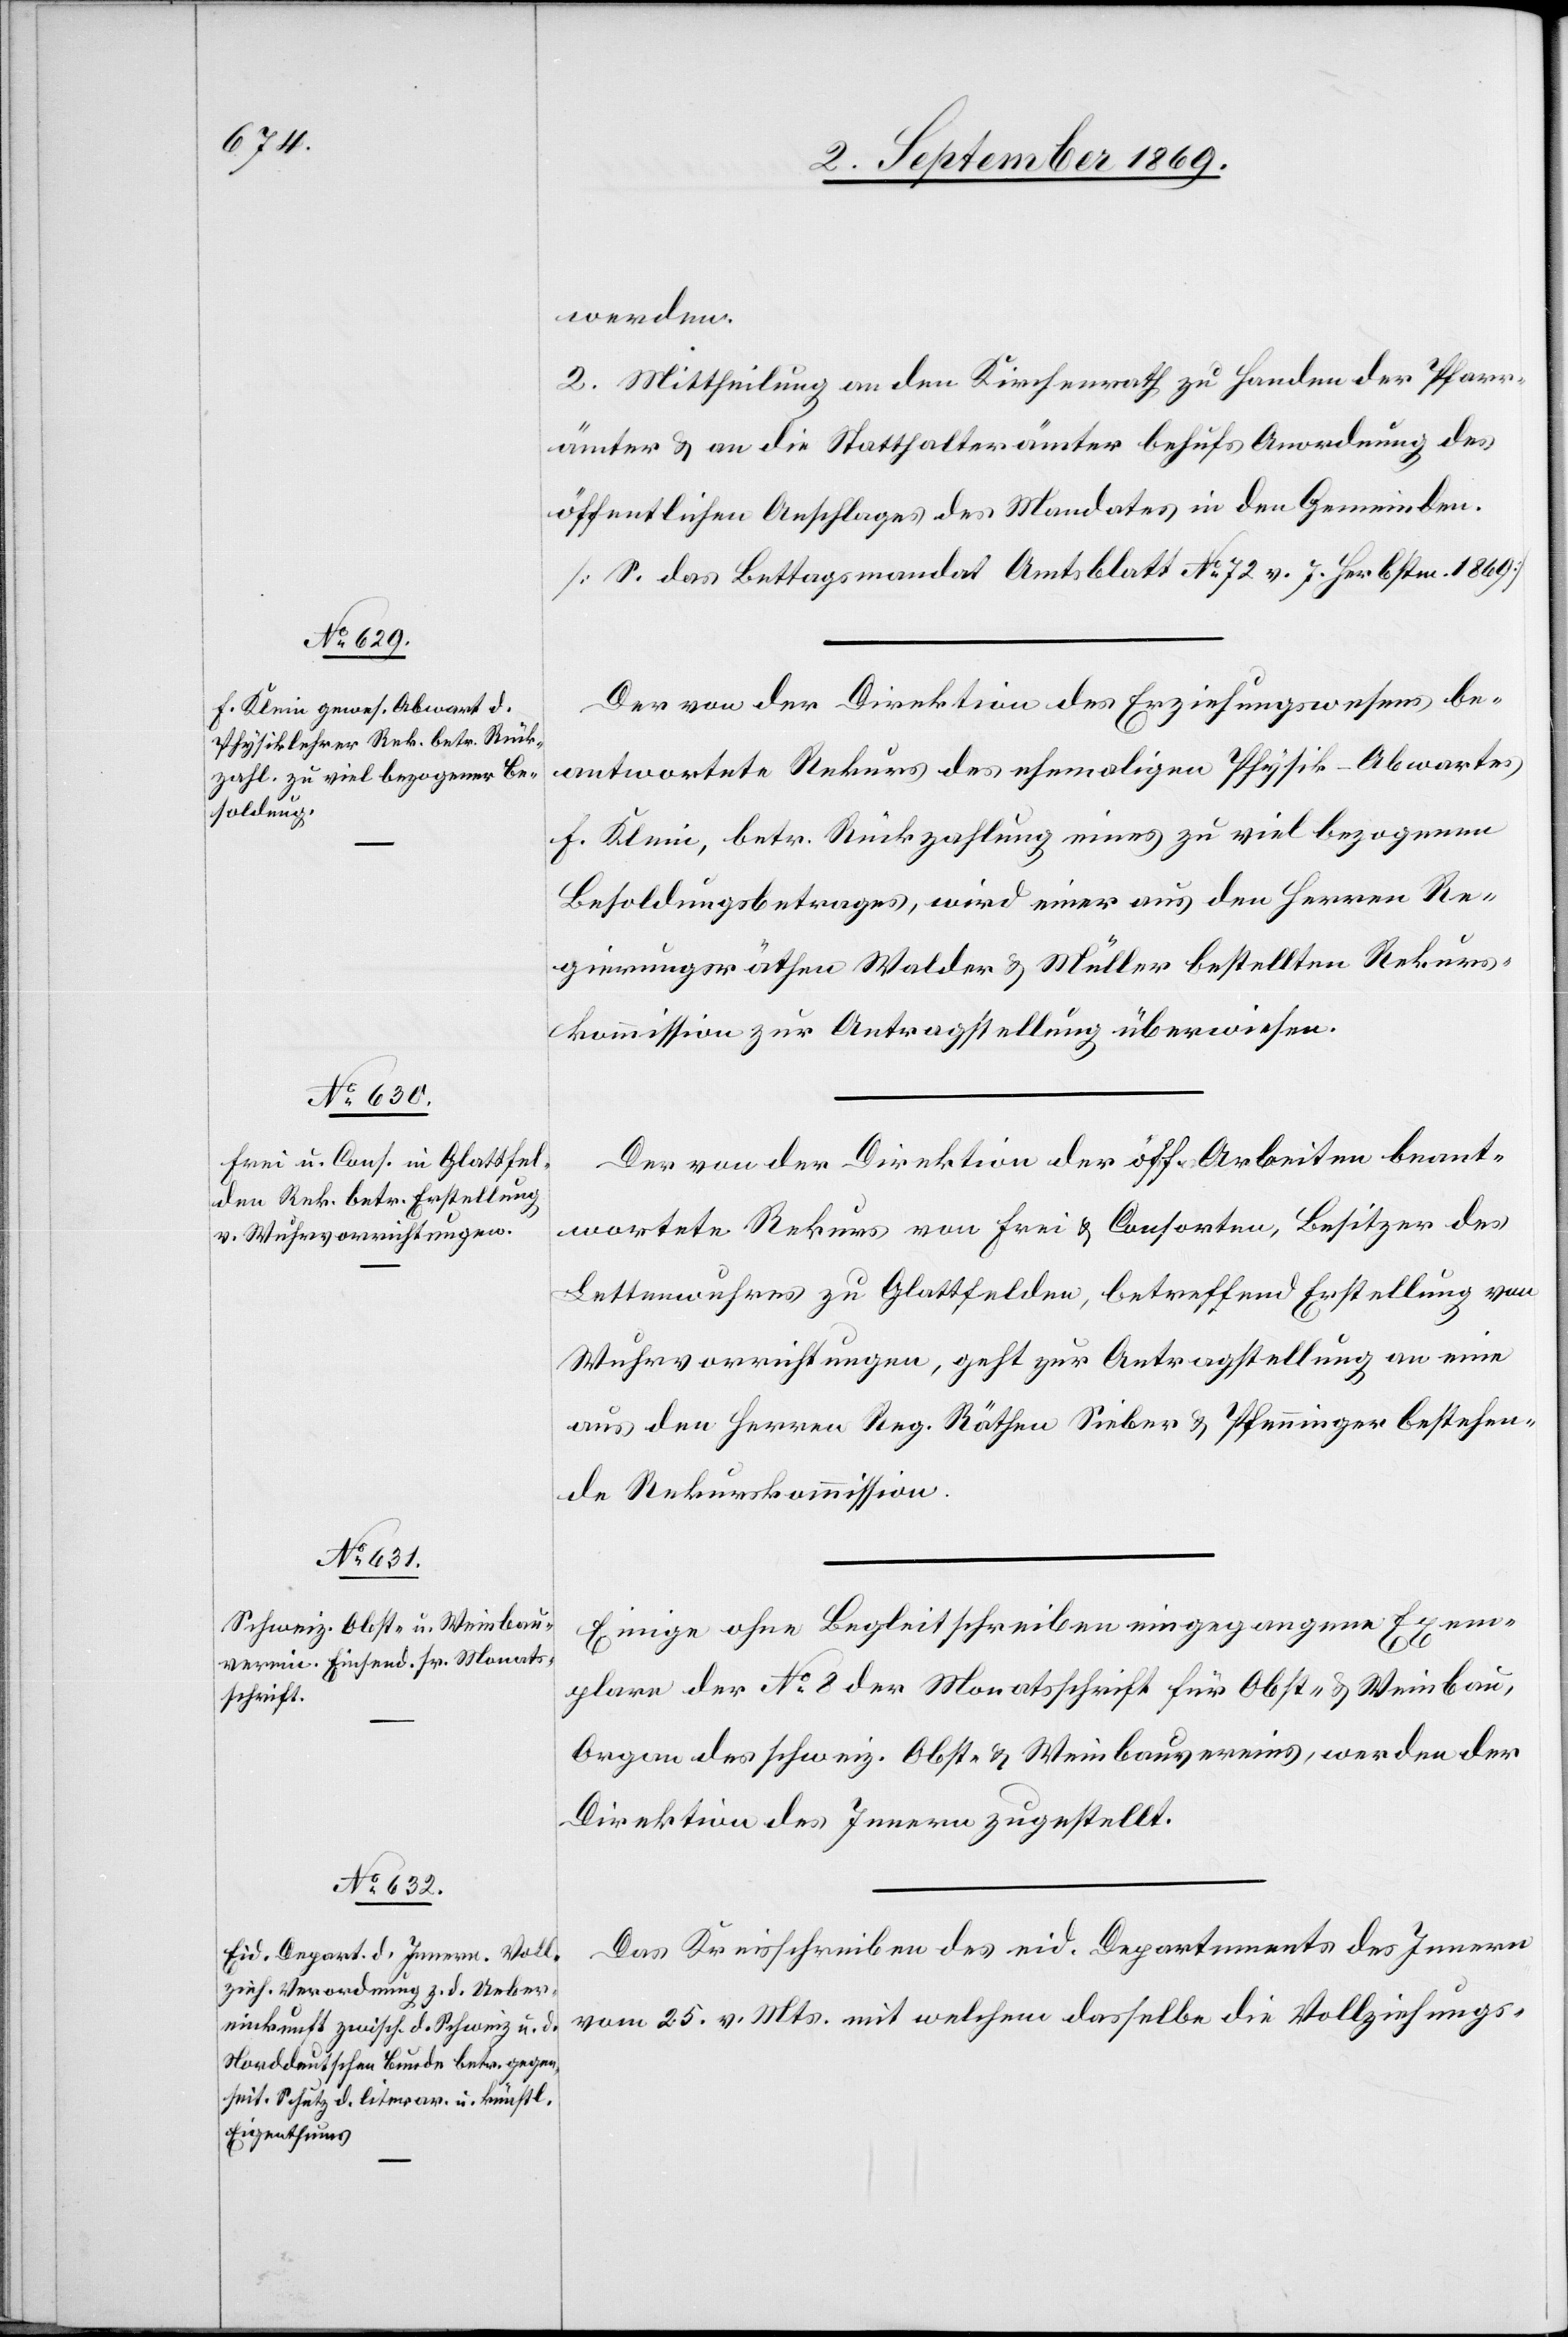
werden.
2. Mittheilung an den Kirchenrath zu Handen der Pfarr¬
ämter & an die Statthalterämter behufs Anordnung des
öffentlichen Anschlages des Mandates in den Gemeinden.
[S. das Bettagsmandat Amtsblatt No 72 v. 7. Herbstm. 1869]
Der von der Direktion des Erziehungswesens be¬
antwortete Rekurs des ehemaligen Physik-Abwartes
F. Klein, betr. Rückzahlung eines zu viel bezogenen
Besoldungsbetrages, wird einer aus den Herren Re¬
gierungsräthen Walder & Müller bestellten Rekurs¬
kommission zur Antragstellung überwiesen.
Der von der Direktion der öff. Arbeiten beant¬
wortete Rekurs von Frei & Consorten, Besitzer des
Lettenwuhres zu Glattfelden, betreffend Erstellung von
Wuhrvorrichtungen, geht zur Antragstellung an eine
aus den Herren Reg. Räthen Sieber & Pfenninger bestehen¬
de Rekurskommission.
Einige ohne Begleitschreiben eingegangene Exem¬
plare der No 8 der Monatsschrift für Obst- & Weinbau,
Organ des schweiz. Obst- & Weinbauvereins, werden der
Direktion des Innern zugestellt.
Das Kreisschreiben des eid. Departement des Innern
vom 25. v. Mts. mit welchem dasselbe die Vollziehungs-